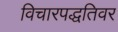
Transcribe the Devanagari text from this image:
विचारपद्धतिवर